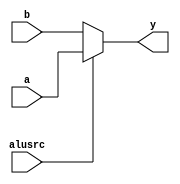
`timescale 1ns / 1ps


module top_mux(
      output wire [31:0] y,
      input  wire [31:0] a, b,
      input  wire alusrc
    );
    
    assign y = alusrc ? a : b;
    
endmodule   // top_mux